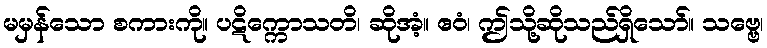
မမှန်သော စကားကို။ ပဋိက္ကောသတိ၊ ဆိုအံ့။ ဧဝံ၊ ဤသို့ဆိုသည်ရှိသော်။ သဗ္ဗေ၊